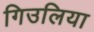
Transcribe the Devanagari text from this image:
गिउलिया